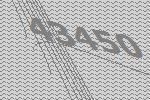
43450